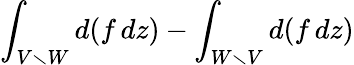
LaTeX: \int_{V\smallsetminus W}d(f\, dz)-\int_{W\smallsetminus V}d(f\, dz)